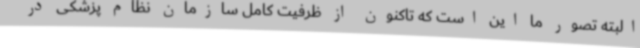
البته تصور ما این است که تاکنون از ظرفیت کامل سازمان نظام پزشکی در